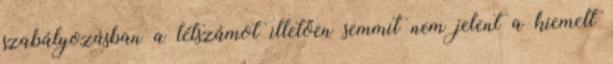
szabályozásban a létszámot illetően semmit nem jelent a kiemelt